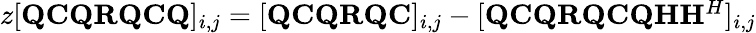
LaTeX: \begin{array}{r}{z[{\mathbf{Q}}{\mathbf{C}}{\mathbf{Q}}{\mathbf{R}}{\mathbf{Q}}{\mathbf{C}}{\mathbf{Q}}]_{i,j}=[{\mathbf{Q}}{\mathbf{C}}{\mathbf{Q}}{\mathbf{R}}{\mathbf{Q}}{\mathbf{C}}]_{i,j}-[{\mathbf{Q}}{\mathbf{C}}{\mathbf{Q}}{\mathbf{R}}{\mathbf{Q}}{\mathbf{C}}{\mathbf{Q}}{\mathbf{H}}{\mathbf{H}}^{H}]_{i,j}}\end{array}